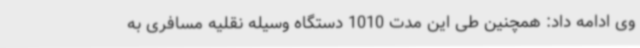
وی ادامه داد: همچنین طی این مدت 1010 دستگاه وسیله نقلیه مسافری به